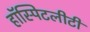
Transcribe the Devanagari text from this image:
हॉस्पिटलीटी